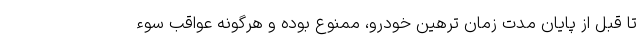
تا قبل از پایان مدت زمان ترهین خودرو، ممنوع بوده و هرگونه عواقب سوء